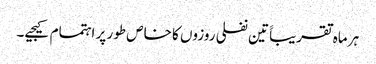
ہر ماہ تقریباََ تین نفلی روزوں کا خاص طور پر اہتمام کیجیے۔